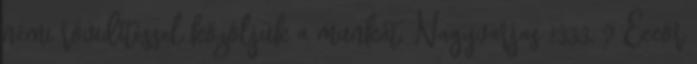
némi rövidítéssel közöljük a munkát. Nagyvarjas 1333, ? Éccör